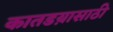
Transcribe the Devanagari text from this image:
कातडय़ासाठी